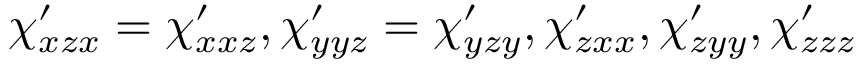
\chi _ { x z x } ^ { \prime } = \chi _ { x x z } ^ { \prime } , \chi _ { y y z } ^ { \prime } = \chi _ { y z y } ^ { \prime } , \chi _ { z x x } ^ { \prime } , \chi _ { z y y } ^ { \prime } , \chi _ { z z z } ^ { \prime }